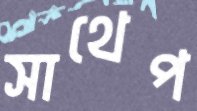
সাথেপ